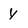
Character: y